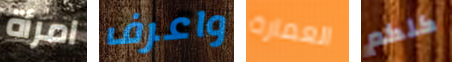
امرأة واعرف العمارة كلكم